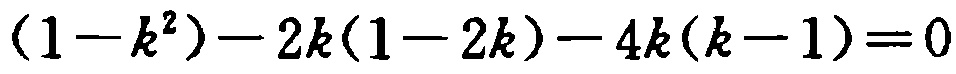
\((1 - k^{2}) - 2k(1 - 2k) - 4k(k - 1)=0\)